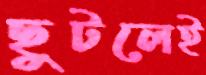
ছুটলেই